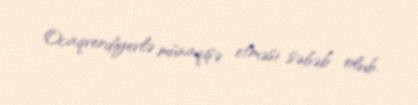
Ocaqverdiyevlə münaqişə etməsi səbəb olub.